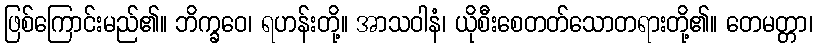
ဖြစ်ကြောင်းမည်၏။ ဘိက္ခဝေ၊ ရဟန်းတို့။ အာသဝါနံ၊ ယိုစီးစေတတ်သောတရားတို့၏။ တေမတ္တာ၊